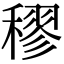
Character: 穋